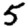
Digit: 5